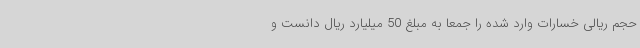
حجم ریالی خسارات وارد شده را جمعا به مبلغ 50 میلیارد ریال دانست و